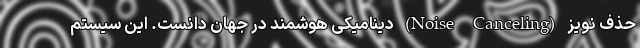
حذف نویز (Noise Canceling) دینامیکی هوشمند در جهان دانست. این سیستم